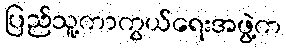
ပြည်သူ့ကာကွယ်ရေးအဖွဲ့က